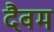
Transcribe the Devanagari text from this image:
दैवम